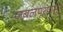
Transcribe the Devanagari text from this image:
जबलपूरपासून